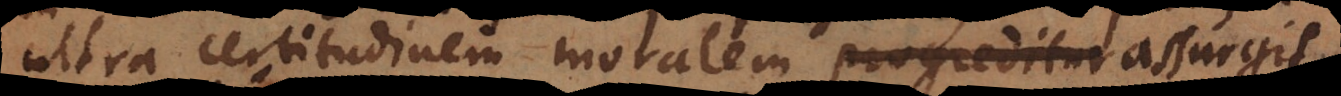
ultra certitudinem moralem progreditur assurgit.